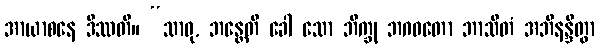
အာယာစနေ ဒိဿတိ။ “သာဓု, ဘန္တေတိ ခေါ သော ဘိက္ခု ဘဂဝတော ဘာသိတံ အဘိနန္ဒိတွာ